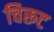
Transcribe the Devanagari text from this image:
चिरूट